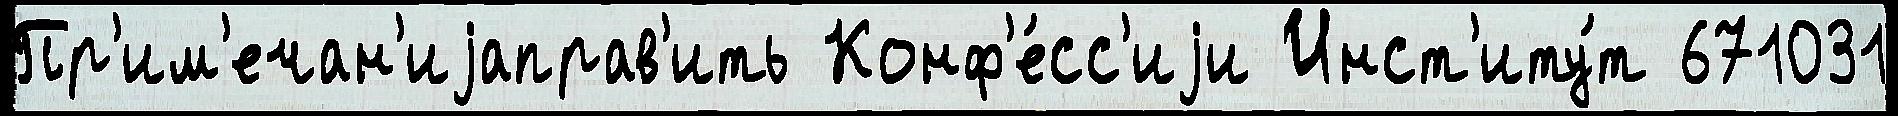
Пр'им'ечан'иjаправ'ить Конф'е́сс'иjи Инст'иту́т 671031